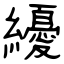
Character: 纋